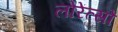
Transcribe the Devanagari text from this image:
लोरेंत्सों